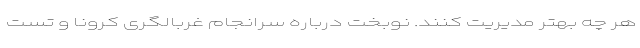
هر چه بهتر مدیریت کنند. نوبخت درباره سرانجام غربالگری کرونا و تست